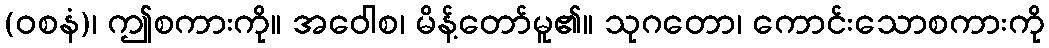
(ဝစနံ)၊ ဤစကားကို။ အဝေါစ၊ မိန့်တော်မူ၏။ သုဂတော၊ ကောင်းသောစကားကို